Vaccination United Provinces of Agra and Oudh 1923-1928 - 1923-1928
Year: 1923
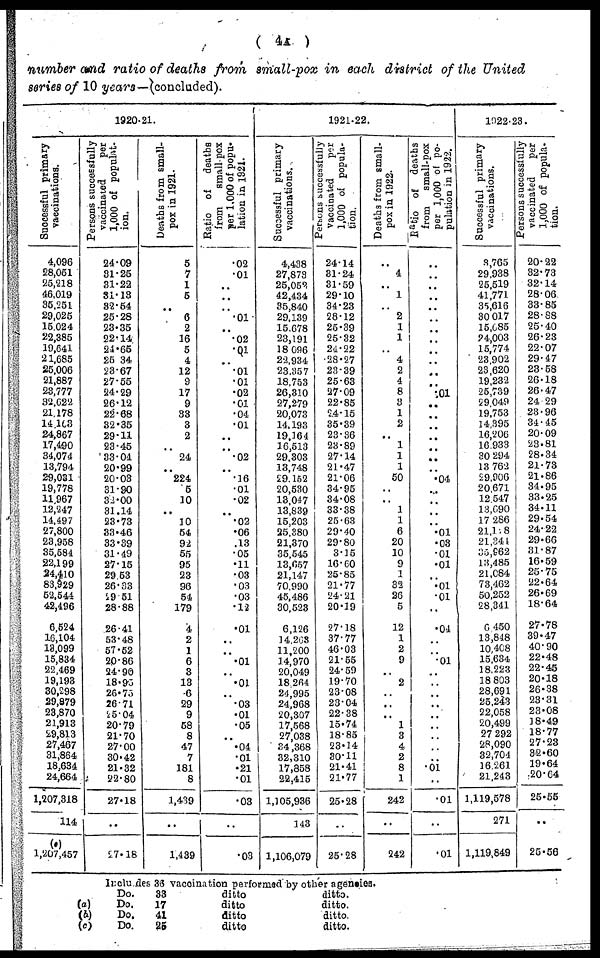
( 4A )
number and ratio of deaths from small-pox in each district of the United
series of 10 years—(concluded).
1920-21.
Successful primary
vaccinations.
4,096
28,051
25,218
46,019
35,251
29,025
15,024
22,385
19,641
21,685
25,006
21,887
23,777
32,622
21,178
14,163
24,867
17,490
34,074
13,794
29,031
19,778
11,967
12,247
14,497
27,800
23,958
35,584
22,199
24,410
83,929
52,544
42,496
6,524
16,104
13,099
15,834
22,469
19,193
30,298
29,879
23,870
21,918
29,813
27,467
31,864
18,634
24,664
1,207,318
114
(e)
1,207,457
Persons successfully
vaccinated
per
1,000 of populat-
ion.
24.09
31.25
31.22
31.13
32.54
25.28
23.35
22.14
24.65
25.34
23.67
27.55
24.29
26.12
22.68
32.35
29.11
23.45
33.04
20.99
20.03
31.90
32.00
31.14
23.73
33.46
33.39
31.49
27.15
29.53
26.33
29.51
28.88
26.41
53.48
57.52
20.86
24.90
18.95
26.75
26.71
25.04
20.79
21.70
27.00
30.42
21.32
22.80
27.18
..
27.18
Deaths from small-
pox in 1921.
5
7
1
5
..
6
2
16
5
4
12
9
17
9
33
3
2
..
24
..
224
5
10
..
10
54
92
55
95
23
96
54
179
4
2
1
6
3
13
6
29
9
58
8
47
7
181
8
1,439
..
1,439
Ratio of
deaths
from
small-pox
per 1,000 of popu-
lation in 1921.
.02
.01
..
..
..
.01
..
.02
.01
..
.01
.01
.02
.01
.04
.01
..
..
.02
..
.16
.01
.02
..
.02
.06
.13
.05
.11
.03
.03
.03
.12
.01
..
..
.01
..
.01
..
.03
.01
.05
..
.04
.01
.21
.01
.03
..
.03
1921-22.
Successful primary
vaccinations.
4,438
27,873
25,052
42,434
35,840
29,139
15,678
23,191
18,096
22,934
23,357
18,753
26,310
27,279
20,073
14,193
19,164
16,513
29,303
13,748
29,152
20,530
13,047
13,839
15,203
25,380
21,370
35,545
13,657
21,147
70,990
45,486
30,523
6,126
14,263
11,200
14,970
20,049
18,264
24,995
24,968
20,307
17,568
27,038
34,368
32,310
17,858
22,415
1,105,936
143
1,106,079
Persons successfully
vaccinated
per
1,000 of popula-
tion.
24.14
31.24
31.59
29.10
34.23
28.12
25.39
25.32
24.22
28.27
23.39
25.63
27.09
22.85
24.15
35.39
23.36
23.89
27.14
21.47
21.06
34.95
34.08
33.38
25.63
29.40
29.80
3.15
16.60
25.85
21.77
24.21
20.19
27.18
37.77
46.03
21.55
24.59
19.70
23.08
23.04
22.38
15.74
18.85
23.14
30.11
21.41
21.77
25.28
..
25.28
Deaths from small-
pox in 1922.
..
4
..
1
..
2
1
1
..
4
2
4
8
3
1
2
..
1
1
1
50
..
..
1
1
6
20
10
9
1
32
26
5
12
1
2
9
..
2
..
..
..
1
3
4
2
8
1
242
..
242
Ratio of deaths
from
small-pox
per 1,000 of po-
pulation in 1922.
..
..
..
..
..
..
..
..
..
..
..
..
.01
..
..
..
..
..
..
..
.04
..
..
..
..
.01
.03
.01
.01
..
.01
.01
..
.04
..
..
.01
..
..
..
..
..
..
..
..
..
01 ..
.01
..
.01
1922-23.
Successful primary
vaccinations.
3,765
29,938
25,519
41,771
35,616
30,017
15,685
24,003
15,774
23,902
23,620
19,232
25,739
29,049
19,753
14,395
16,206
16,933
30,294
13,762
29,906
20,671
12,547
13,690
17,286
21,128
21,344
35,962
13,485
21,084
73,462
50,252
28,341
6,450
13,848
10,408
15,634
18,223
18,803
28,691
25,243
22,058
20,499
27,292
28,090
32,704
16,261
21,243
1,119,578
271
1,119,849
Persons successfully
vaccinated
per
1,000 of popula-
tion.
20.22
32.73
32.14
28.06
33.85
28.88
25.40
26.23
22.07
29.47
23.58
26.18
26.47
24.29
23.96
34.45
20.09
23.81
28.34
21.73
21.86
34.95
33.25
34.11
29.54
24.22
29.66
31.87
16.59
25.75
22.64
26.69
18.64
27.78
39.47
40.90
22.48
22.45
20.18
26.38
23.31
23.08
18.49
18.77
27.23
32.60
19.64
20.64
25.55
..
25.56
(a)
(b)
(c)
Includes 36 vaccination performed by other agencies.
Do.
33
ditto
ditto.
Do.
17
ditto
ditto.
Do.
41
ditto
ditto.
Do.
25
ditto
ditto.